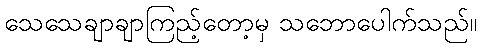
သေသေချာချာကြည့်တော့မှ သဘောပေါက်သည်။